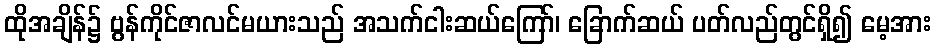
ထိုအချိန်၌ ဗွန်ကိုင်ဇာလင်မယားသည် အသက်ငါးဆယ်ကြော်၊ ခြောက်ဆယ် ပတ်လည်တွင်ရှိ၍ မေ့အား